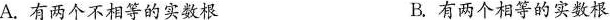
A.有两个不相等的实数根 B.有两个相等的实数根